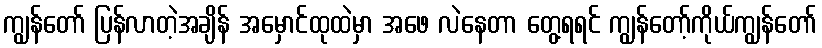
ကျွန်တော် ပြန်လာတဲ့အချိန် အမှောင်ထုထဲမှာ အဖေ လဲနေတာ တွေ့ရရင် ကျွန်တော့်ကိုယ်ကျွန်တော်